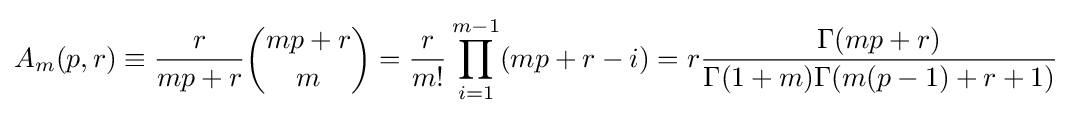
A_{m}(p,r)\equiv {\frac {r}{mp+r}}{\binom {mp+r}{m}}={\frac {r}{m!}}\prod _{i=1}^{m-1}(mp+r-i)=r{\frac {\Gamma (mp+r)}{\Gamma (1+m)\Gamma (m(p-1)+r+1)}}